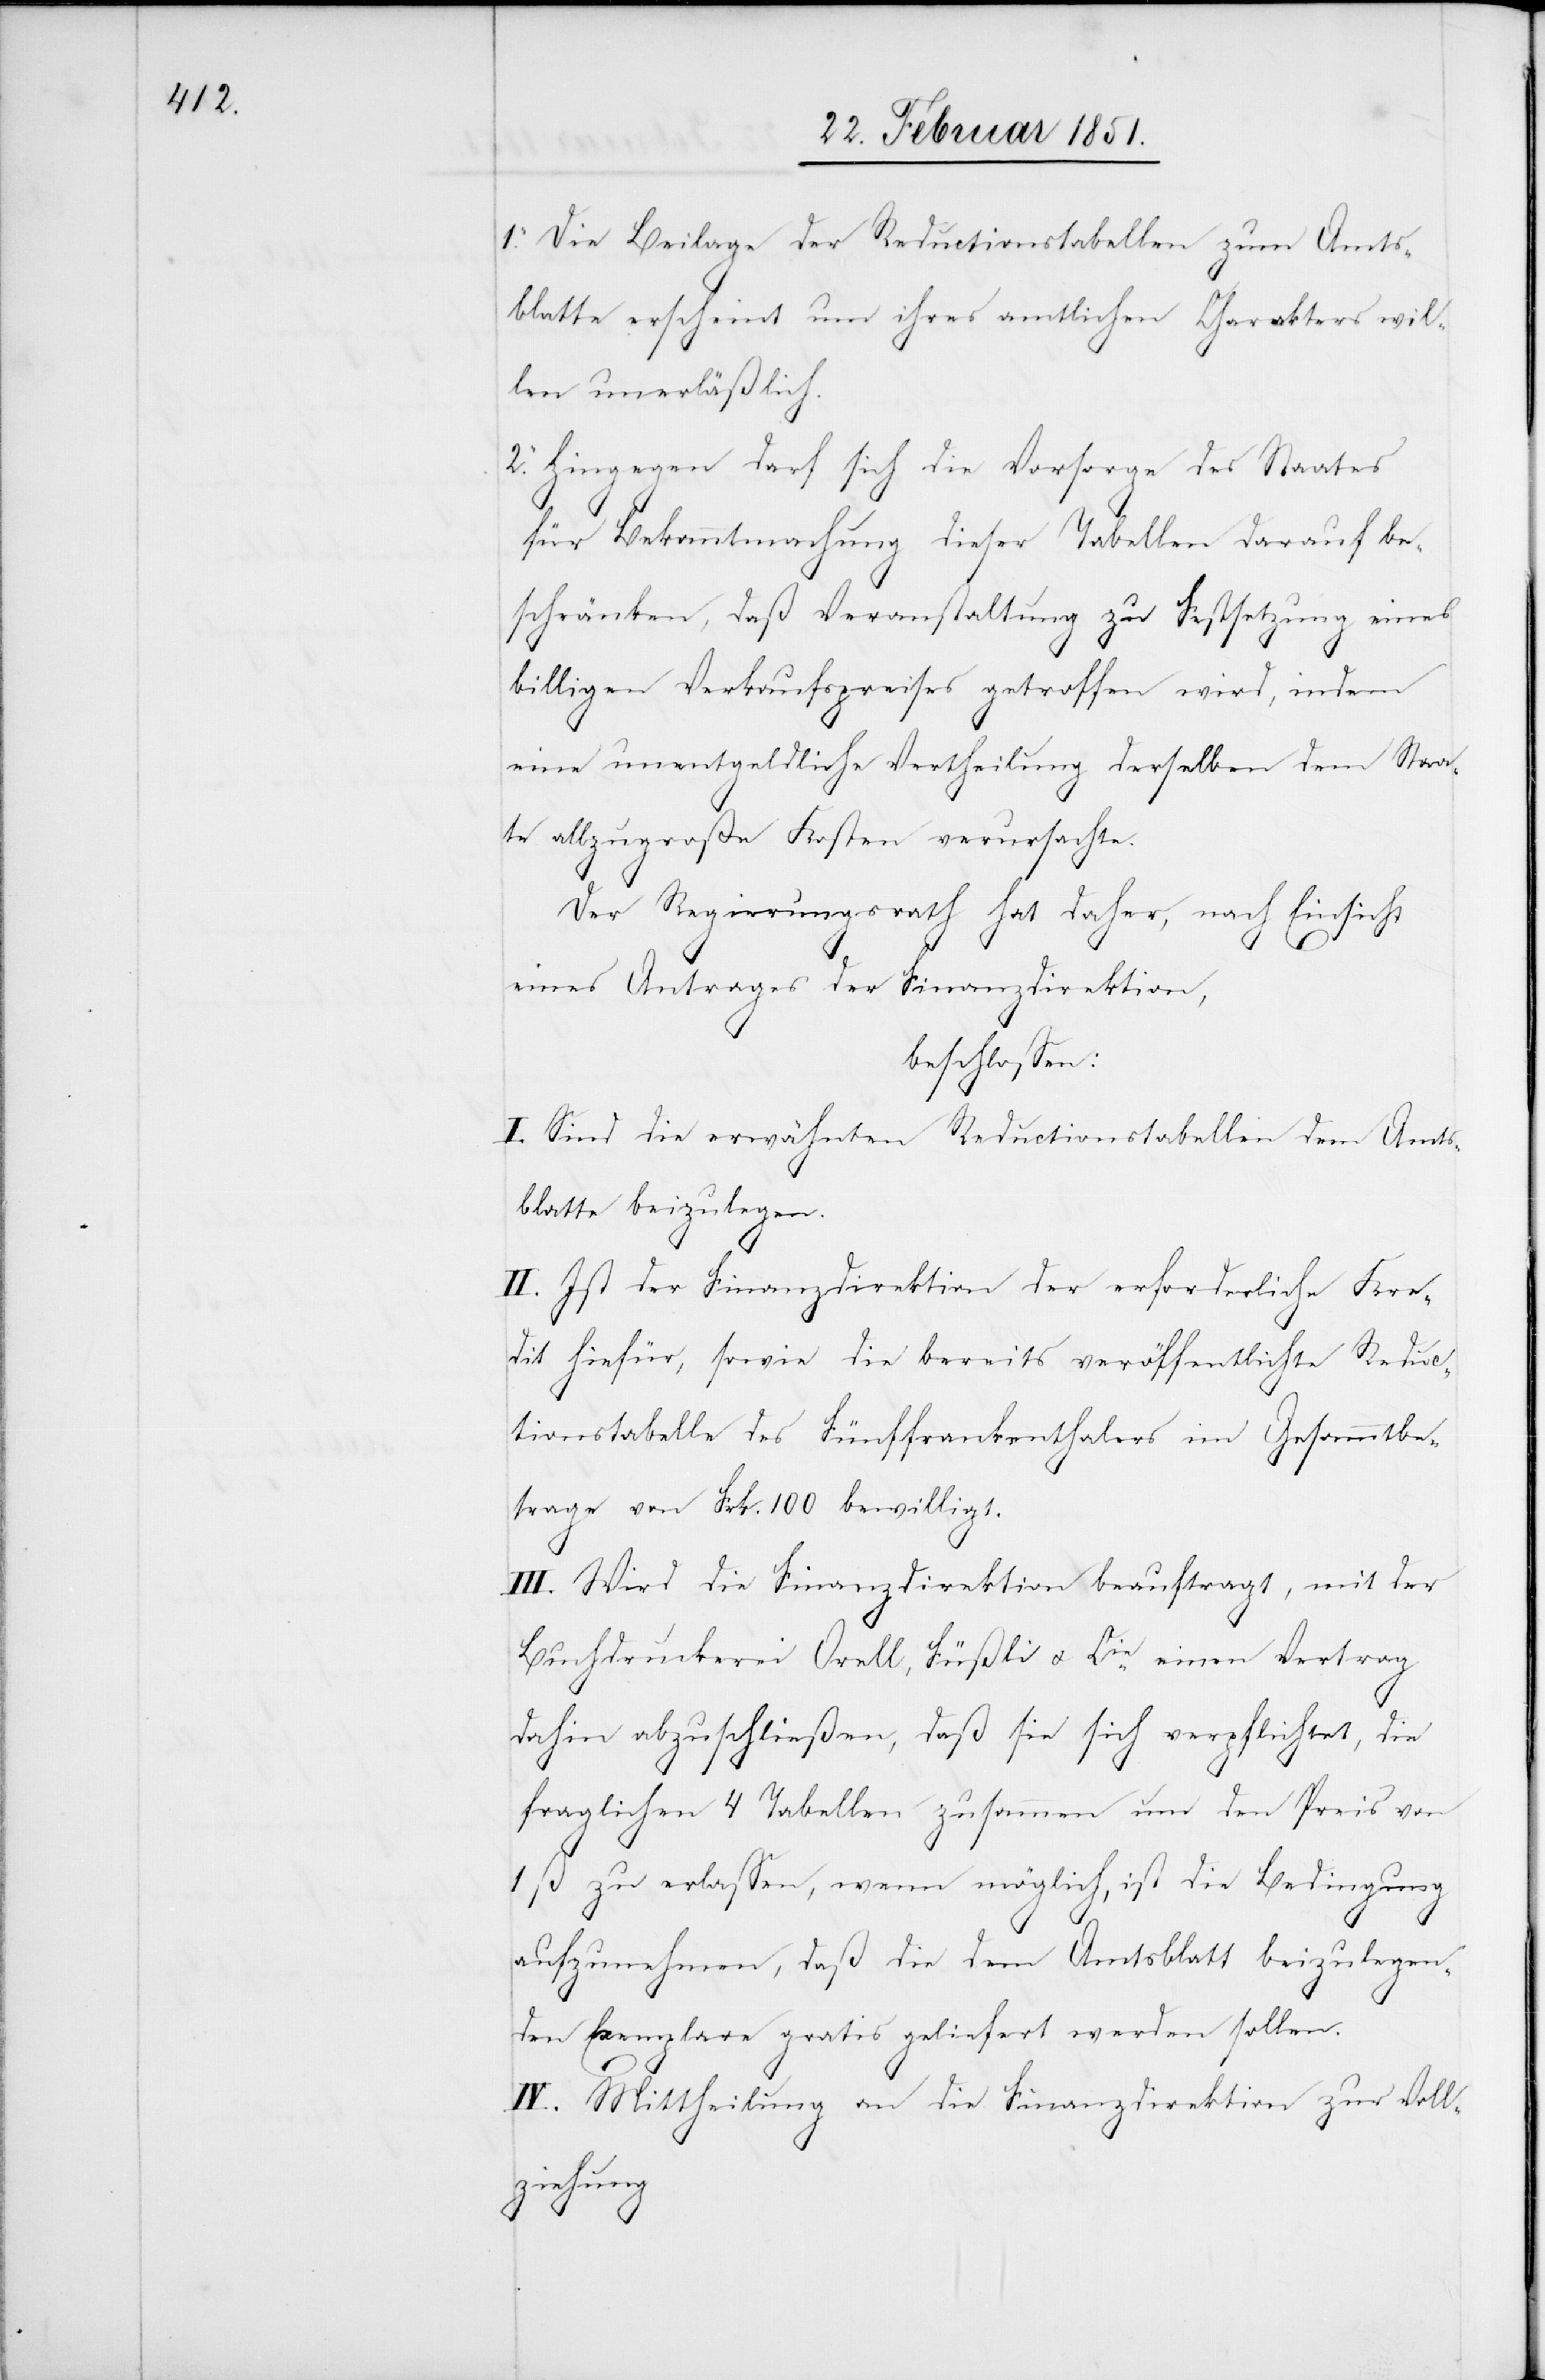
1. Die Beilage der Reductionstabellen zum Amts¬
blatte erscheint um ihres amtlichen Charakters wil¬
len unerläßlich.
2. Hingegen darf sich die Vorsorge des Staates
g[.]
für Bekanntmachung dieser Tabellen darauf be¬
schränken, daß Veranstaltung zu Festsetzung eines
billigen Verkaufspreises getroffen wird, indem
eine unentgeldliche Vertheilung derselben dem Staa¬
te allzugroße Kosten verursachte.
Der Regierungsrath hat daher, nach Einsicht
eines Antrages der Finanzdirektion,
beschlossen:
I. Sind die erwähnten Reductionstabellen dem Amts¬
blatte beizulegen.
II. Ist der Finanzdirektion der erforderliche Kre¬
dit hiefür, sowie die bereits veröffentlichte Reduc¬
tionstabelle des Fünffrankenthalers im Gesammtbe¬
trage von Frk. 100 bewilligt.
III. Wird die Finanzdirektion beauftragt, mit der
Buchdruckerei Orell, Füßli u. Cie. einen Vertrag
dahin abzuschließen, daß sie sich verpflichtet, die
fraglichen 4 Tabellen zusammen um den Preis von
1 ß zu erlassen, wenn möglich, ist die Bedingung
aufzunehmen, daß die dem Amtsblatt beizulegen¬
den Exemplare gratis geliefert werden sollen.
IV. Mittheilung an die Finanzdirektion zur Voll¬
ziehun¬